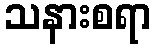
သနားစရာ